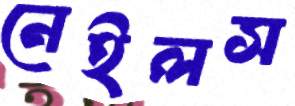
নেইলস